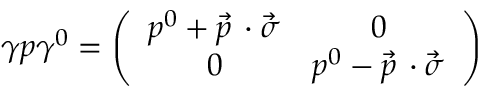
\gamma p \gamma ^ { 0 } = \left( \begin{array} { c c } { { p ^ { 0 } + \vec { p } \, \cdot \vec { \sigma } } } & { { 0 } } \\ { { 0 } } & { { p ^ { 0 } - \vec { p } \, \cdot \vec { \sigma } } } \end{array} \right)